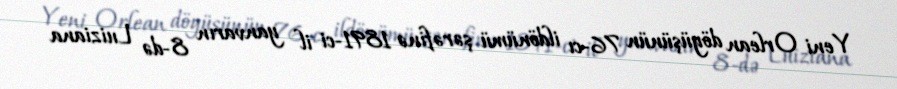
Yeni Orlean döyüşünün 76-cı ildönümü şərəfinə 1891-ci il yanvarın 8-də Luiziana